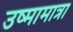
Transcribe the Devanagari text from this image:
उष्मामात्रा